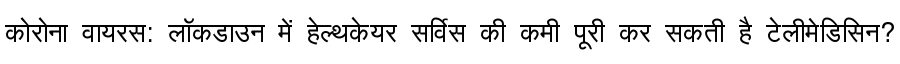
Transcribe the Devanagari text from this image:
कोरोना वायरस: लॉकडाउन में हेल्थकेयर सर्विस की कमी पूरी कर सकती है टेलीमेडिसिन?